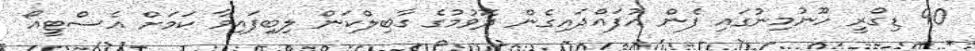
90 ޑިގްރީ ހޫނުމިނުގައި ފެން އުފައްދައިގެން ދޮވުމުގެ ގާބިލްކަން ލިބިފައިވާ ކަމަށް އެސްޓީއޯ